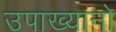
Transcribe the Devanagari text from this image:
उपाख्यानो